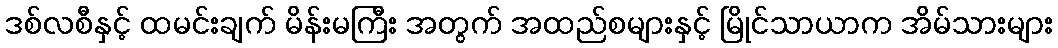
ဒစ်လစီနှင့် ထမင်းချက် မိန်းမကြီး အတွက် အထည်စများနှင့် မြိုင်သာယာက အိမ်သားများ